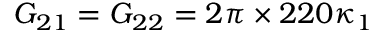
G _ { 2 1 } = G _ { 2 2 } = 2 \pi \times 2 2 0 \kappa _ { 1 }